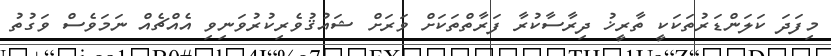
މިފަދަ ކަލަންޑަރުތަކަކީ ތާރީޚު ދިރާސާކުރާ ފަރާތްތަކަށް ވަރަށް ޝައުޤުވެރިކުރުވަނިވި އެއްޗެއް ނަމަވެސް ވަގުތު